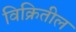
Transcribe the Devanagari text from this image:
विक्रितील